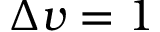
\Delta v = 1